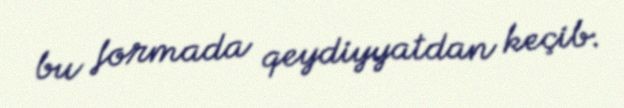
bu formada qeydiyyatdan keçib.